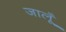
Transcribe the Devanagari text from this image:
जालूँ